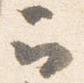
云